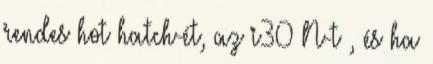
rendes hot hatch-ét, az i30 N-t , és ha